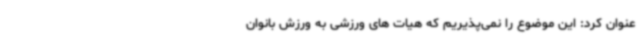
عنوان کرد: این موضوع را نمی‌پذیریم که هیات های ورزشی به ورزش بانوان